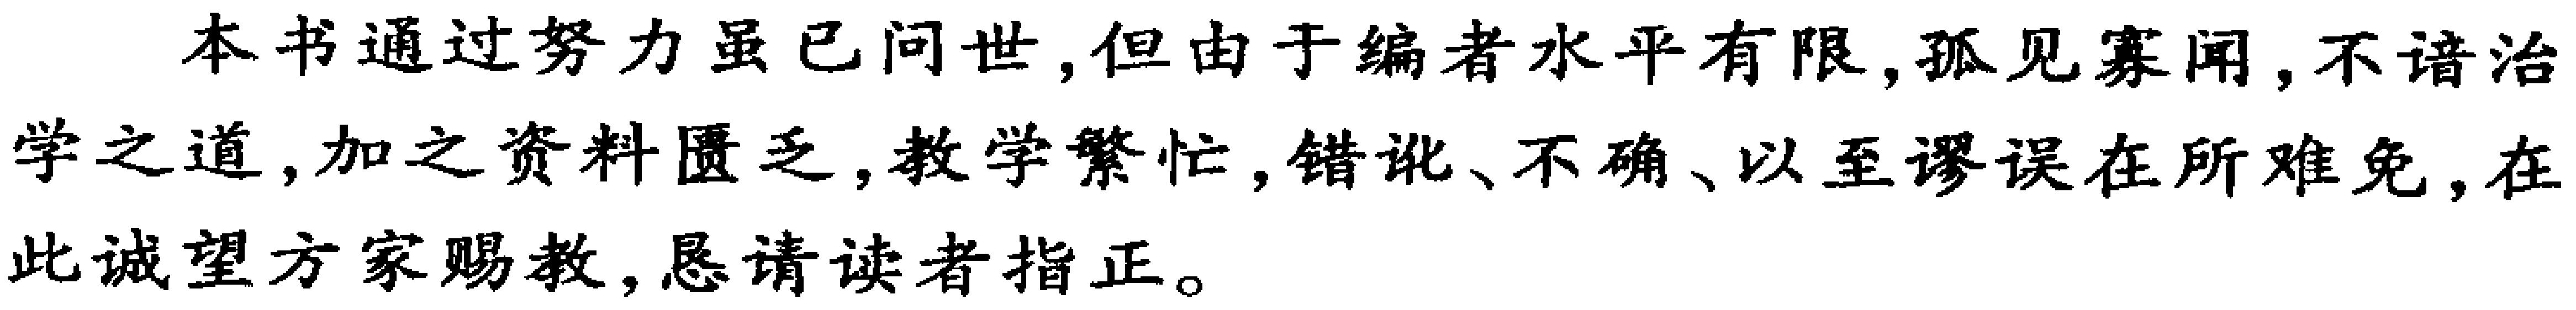
本书通过努力虽已问世,但由于编者水平有限,孤见寡闻,不谙治学之道,加之资料匮乏,教学繁忙,错讹、不确、以至谬误在所难免,在此诚望方家赐教,恳请读者指正。